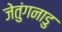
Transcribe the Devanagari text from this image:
जेतुंगनाडु